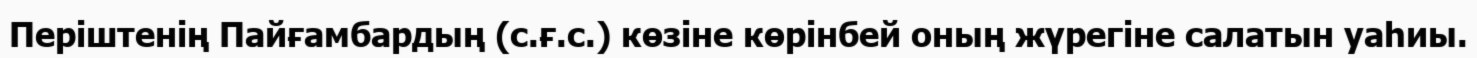
Періштенің Пайғамбардың (с.ғ.с.) көзіне көрінбей оның жүрегіне салатын уаһиы.